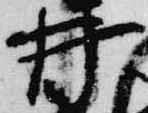
井